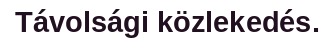
Távolsági közlekedés.